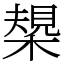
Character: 槼